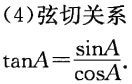
（4）弦切关系

\(\tan A = \frac{\sin A}{\cos A}\)